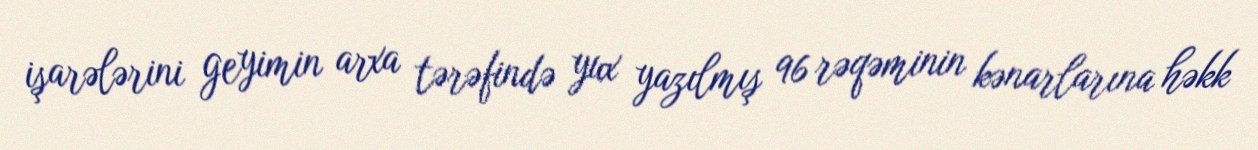
işarələrini geyimin arxa tərəfində yux yazılmış 96 rəqəminin kənarlarına həkk